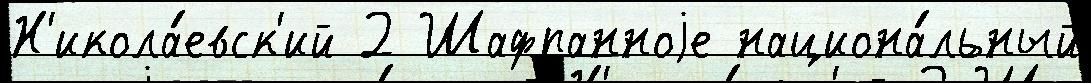
Н'икола́евск'ий 2 Шафранноjе национа́льный